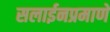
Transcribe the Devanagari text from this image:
सलाईनप्रमाणे